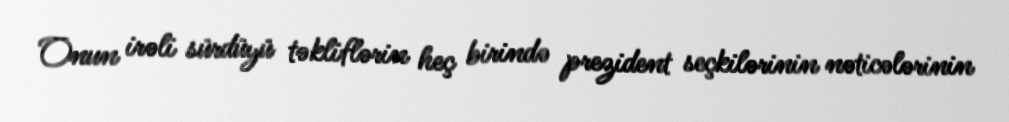
Onun irəli sürdüyü təkliflərin heç birində prezident seçkilərinin nəticələrinin